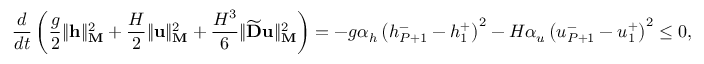
\frac { d } { d t } \left( \frac { g } { 2 } \| \mathbf { h } \| _ { \mathbf { M } } ^ { 2 } + \frac { H } { 2 } \| \mathbf { u } \| _ { \mathbf { M } } ^ { 2 } + \frac { H ^ { 3 } } { 6 } \| \widetilde { \mathbf { D } } \mathbf { u } \| _ { \mathbf { M } } ^ { 2 } \right) = - g \alpha _ { h } \left( { h } _ { P + 1 } ^ { - } - { h } _ { 1 } ^ { + } \right) ^ { 2 } - H \alpha _ { u } \left( { u } _ { P + 1 } ^ { - } - { u } _ { 1 } ^ { + } \right) ^ { 2 } \le 0 ,